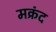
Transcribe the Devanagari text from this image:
मक्रंद